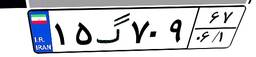
۱۵گ۷۰۹۶۷